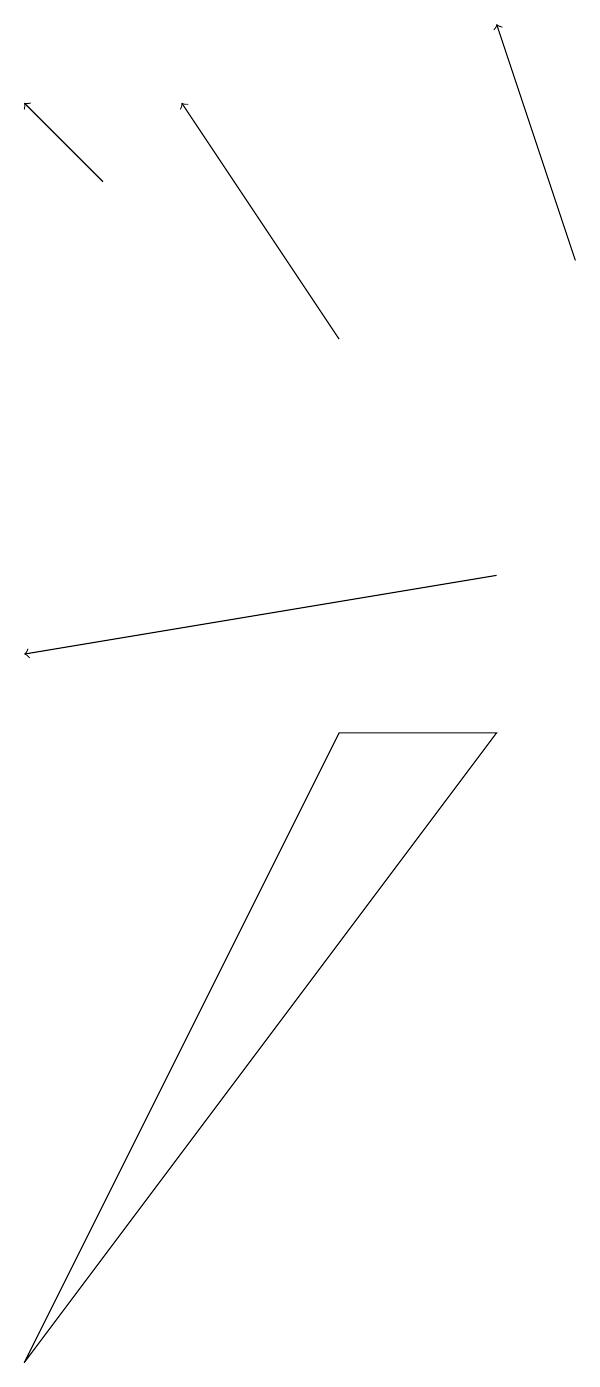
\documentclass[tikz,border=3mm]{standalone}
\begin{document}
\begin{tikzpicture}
\draw[->] (9,15) -- (8,18);
\draw[->] (8,11) -- (2,10);
\draw (6,9) -- (8,9) -- (2,1) -- cycle;
\draw[->] (6,14) -- (4,17);
\draw[->] (3,16) -- (2,17);
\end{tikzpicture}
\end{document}